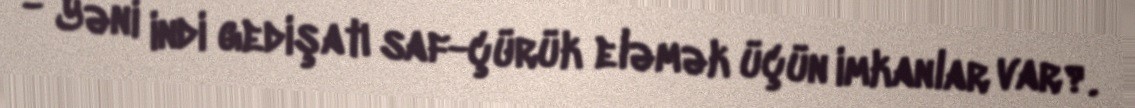
- Yəni indi gedişatı saf-çürük eləmək üçün imkanlar var?.